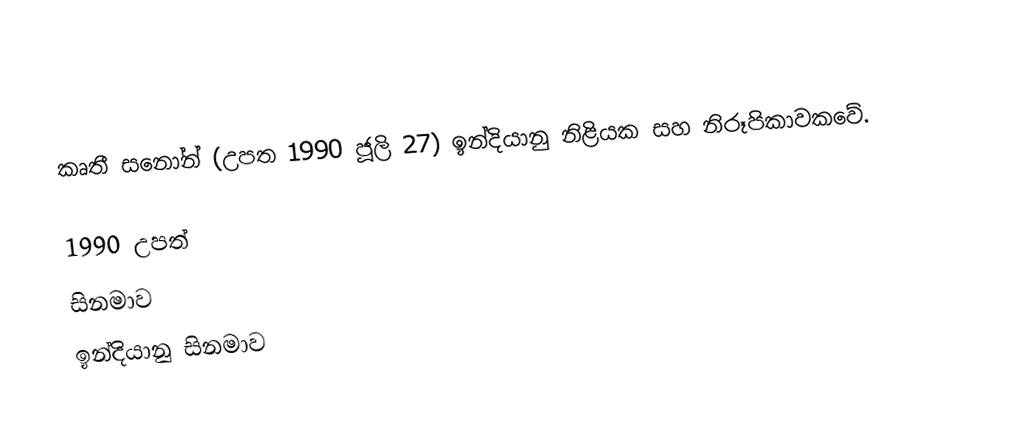
කෘතී සනෝන් (උපත 1990 ජූලි 27) ඉන්දියානු නිළියක සහ නිරූපිකාවකවේ.

1990 උපත්
සිනමාව
ඉන්දියානු සිනමාව